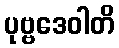
ပုဗ္ဗဒေဝါတိ